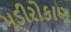
મૂડીરોકાણ